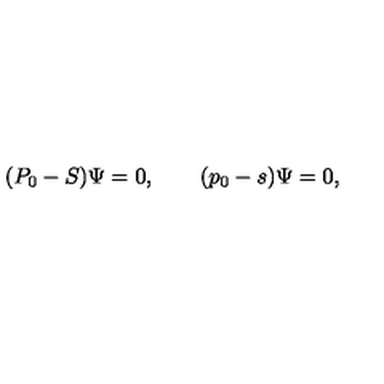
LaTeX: ( P _ { 0 } - S ) \Psi = 0 , \qquad ( p _ { 0 } - s ) \Psi = 0 ,